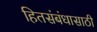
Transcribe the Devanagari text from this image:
हितसंबंधासाठी